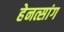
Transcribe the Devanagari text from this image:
हेनत्सांग